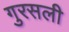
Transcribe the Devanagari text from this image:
गुरसली